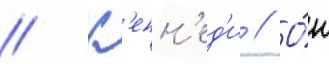
// К'енн'ед'и // О́н